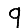
Digit: 9